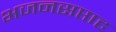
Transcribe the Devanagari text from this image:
भजनसप्ताह